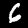
Digit: 6